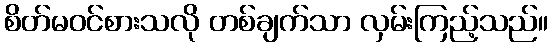
စိတ်မဝင်စားသလို တစ်ချက်သာ လှမ်းကြည့်သည်။